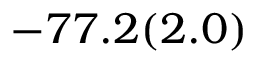
- 7 7 . 2 ( 2 . 0 )